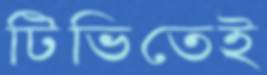
টিভিতেই